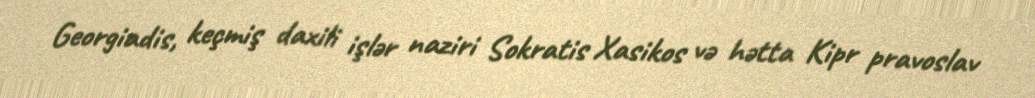
Georgiadis, keçmiş daxili işlər naziri Sokratis Xasikos və hətta Kipr pravoslav